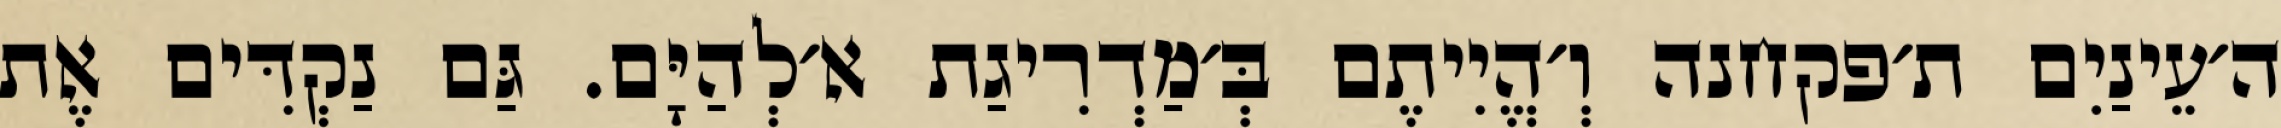
ה׳עֵינַיִם ת׳פקחנה וְ׳הֱיִיתֶם בְּ׳מַדְרִיגַת א׳לְהַיָּם. גַּם נַקְדִּים אֶת